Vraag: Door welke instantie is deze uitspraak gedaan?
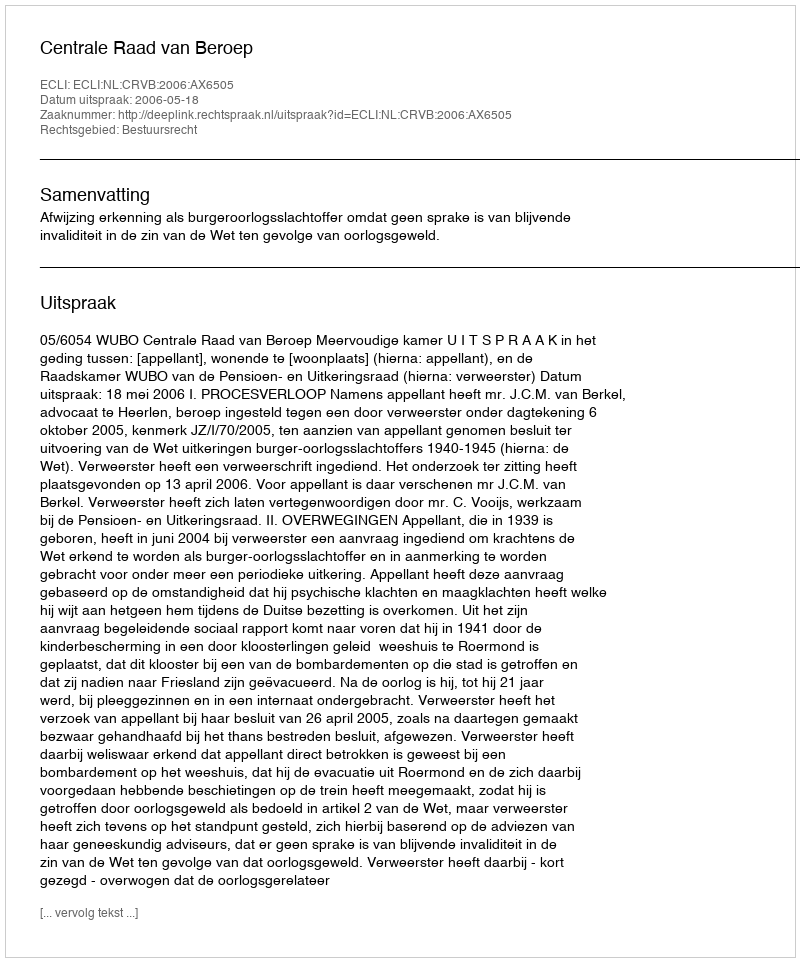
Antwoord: Centrale Raad van Beroep